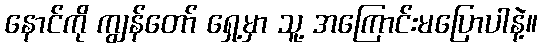
နောင်ကို ကျွန်တော် ရှေ့မှာ သူ့ အကြောင်းမပြောပါနဲ့။